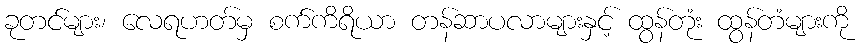
ခုတင်များ၊ လေရဟတ်မှ စက်ကိရိယာ တန်ဆာပလာများနှင့် ထွန်တုံး ထွန်တံများကို